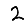
Digit: 2